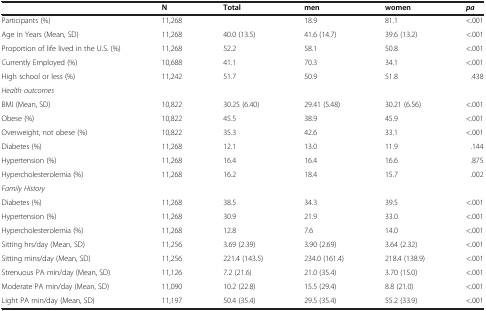
<table><thead><tr><td><b> </b></td><td><b>N</b></td><td><b>Total</b></td><td><b>men</b></td><td><b>women</b></td><td><b><i>pa</i></b></td></tr></thead><tbody><tr><td>Participants (%)</td><td>11,268</td><td> </td><td>18.9</td><td>81.1</td><td>&lt;.001</td></tr><tr><td>Age in Years (Mean, SD)</td><td>11,268</td><td>40.0 (13.5)</td><td>41.6 (14.7)</td><td>39.6 (13.2)</td><td>&lt;.001</td></tr><tr><td>Proportion of life lived in the U.S. (%)</td><td>11,268</td><td>52.2</td><td>58.1</td><td>50.8</td><td>&lt;.001</td></tr><tr><td>Currently Employed (%)</td><td>10,688</td><td>41.1</td><td>70.3</td><td>34.1</td><td>&lt;.001</td></tr><tr><td>High school or less (%)</td><td>11,242</td><td>51.7</td><td>50.9</td><td>51.8</td><td>.438</td></tr><tr><td colspan="6"><i>Health outcomes</i></td></tr><tr><td>BMI (Mean, SD)</td><td>10,822</td><td>30.25 (6.40)</td><td>29.41 (5.48)</td><td>30.21 (6.56)</td><td>&lt;.001</td></tr><tr><td>Obese (%)</td><td>10,822</td><td>45.5</td><td>38.9</td><td>45.9</td><td>&lt;.001</td></tr><tr><td>Overweight, not obese (%)</td><td>10,822</td><td>35.3</td><td>42.6</td><td>33.1</td><td>&lt;.001</td></tr><tr><td>Diabetes (%)</td><td>11,268</td><td>12.1</td><td>13.0</td><td>11.9</td><td>.144</td></tr><tr><td>Hypertension (%)</td><td>11,268</td><td>16.4</td><td>16.4</td><td>16.6</td><td>.875</td></tr><tr><td>Hypercholesterolemia (%)</td><td>11,268</td><td>16.2</td><td>18.4</td><td>15.7</td><td>.002</td></tr><tr><td colspan="6"><i>Family History</i></td></tr><tr><td>Diabetes (%)</td><td>11,268</td><td>38.5</td><td>34.3</td><td>39.5</td><td>&lt;.001</td></tr><tr><td>Hypertension (%)</td><td>11,268</td><td>30.9</td><td>21.9</td><td>33.0</td><td>&lt;.001</td></tr><tr><td>Hypercholesterolemia (%)</td><td>11,268</td><td>12.8</td><td>7.6</td><td>14.0</td><td>&lt;.001</td></tr><tr><td>Sitting hrs/day (Mean, SD)</td><td>11,256</td><td>3.69 (2.39)</td><td>3.90 (2.69)</td><td>3.64 (2.32)</td><td>&lt;.001</td></tr><tr><td>Sitting mins/day (Mean, SD)</td><td>11,256</td><td>221.4 (143.5)</td><td>234.0 (161.4)</td><td>218.4 (138.9)</td><td>&lt;.001</td></tr><tr><td>Strenuous PA min/day (Mean, SD)</td><td>11,126</td><td>7.2 (21.6)</td><td>21.0 (35.4)</td><td>3.70 (15.0)</td><td>&lt;.001</td></tr><tr><td>Moderate PA min/day (Mean, SD)</td><td>11,090</td><td>10.2 (22.8)</td><td>15.5 (29.4)</td><td>8.8 (21.0)</td><td>&lt;.001</td></tr><tr><td>Light PA min/day (Mean, SD)</td><td>11,197</td><td>50.4 (35.4)</td><td>29.5 (35.4)</td><td>55.2 (33.9)</td><td>&lt;.001</td></tr></tbody></table>